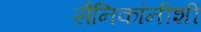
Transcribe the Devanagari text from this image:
सैनिकांनीशी